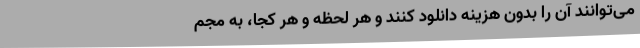
می‌توانند آن را بدون هزینه دانلود کنند و هر لحظه و هر کجا، به مجم